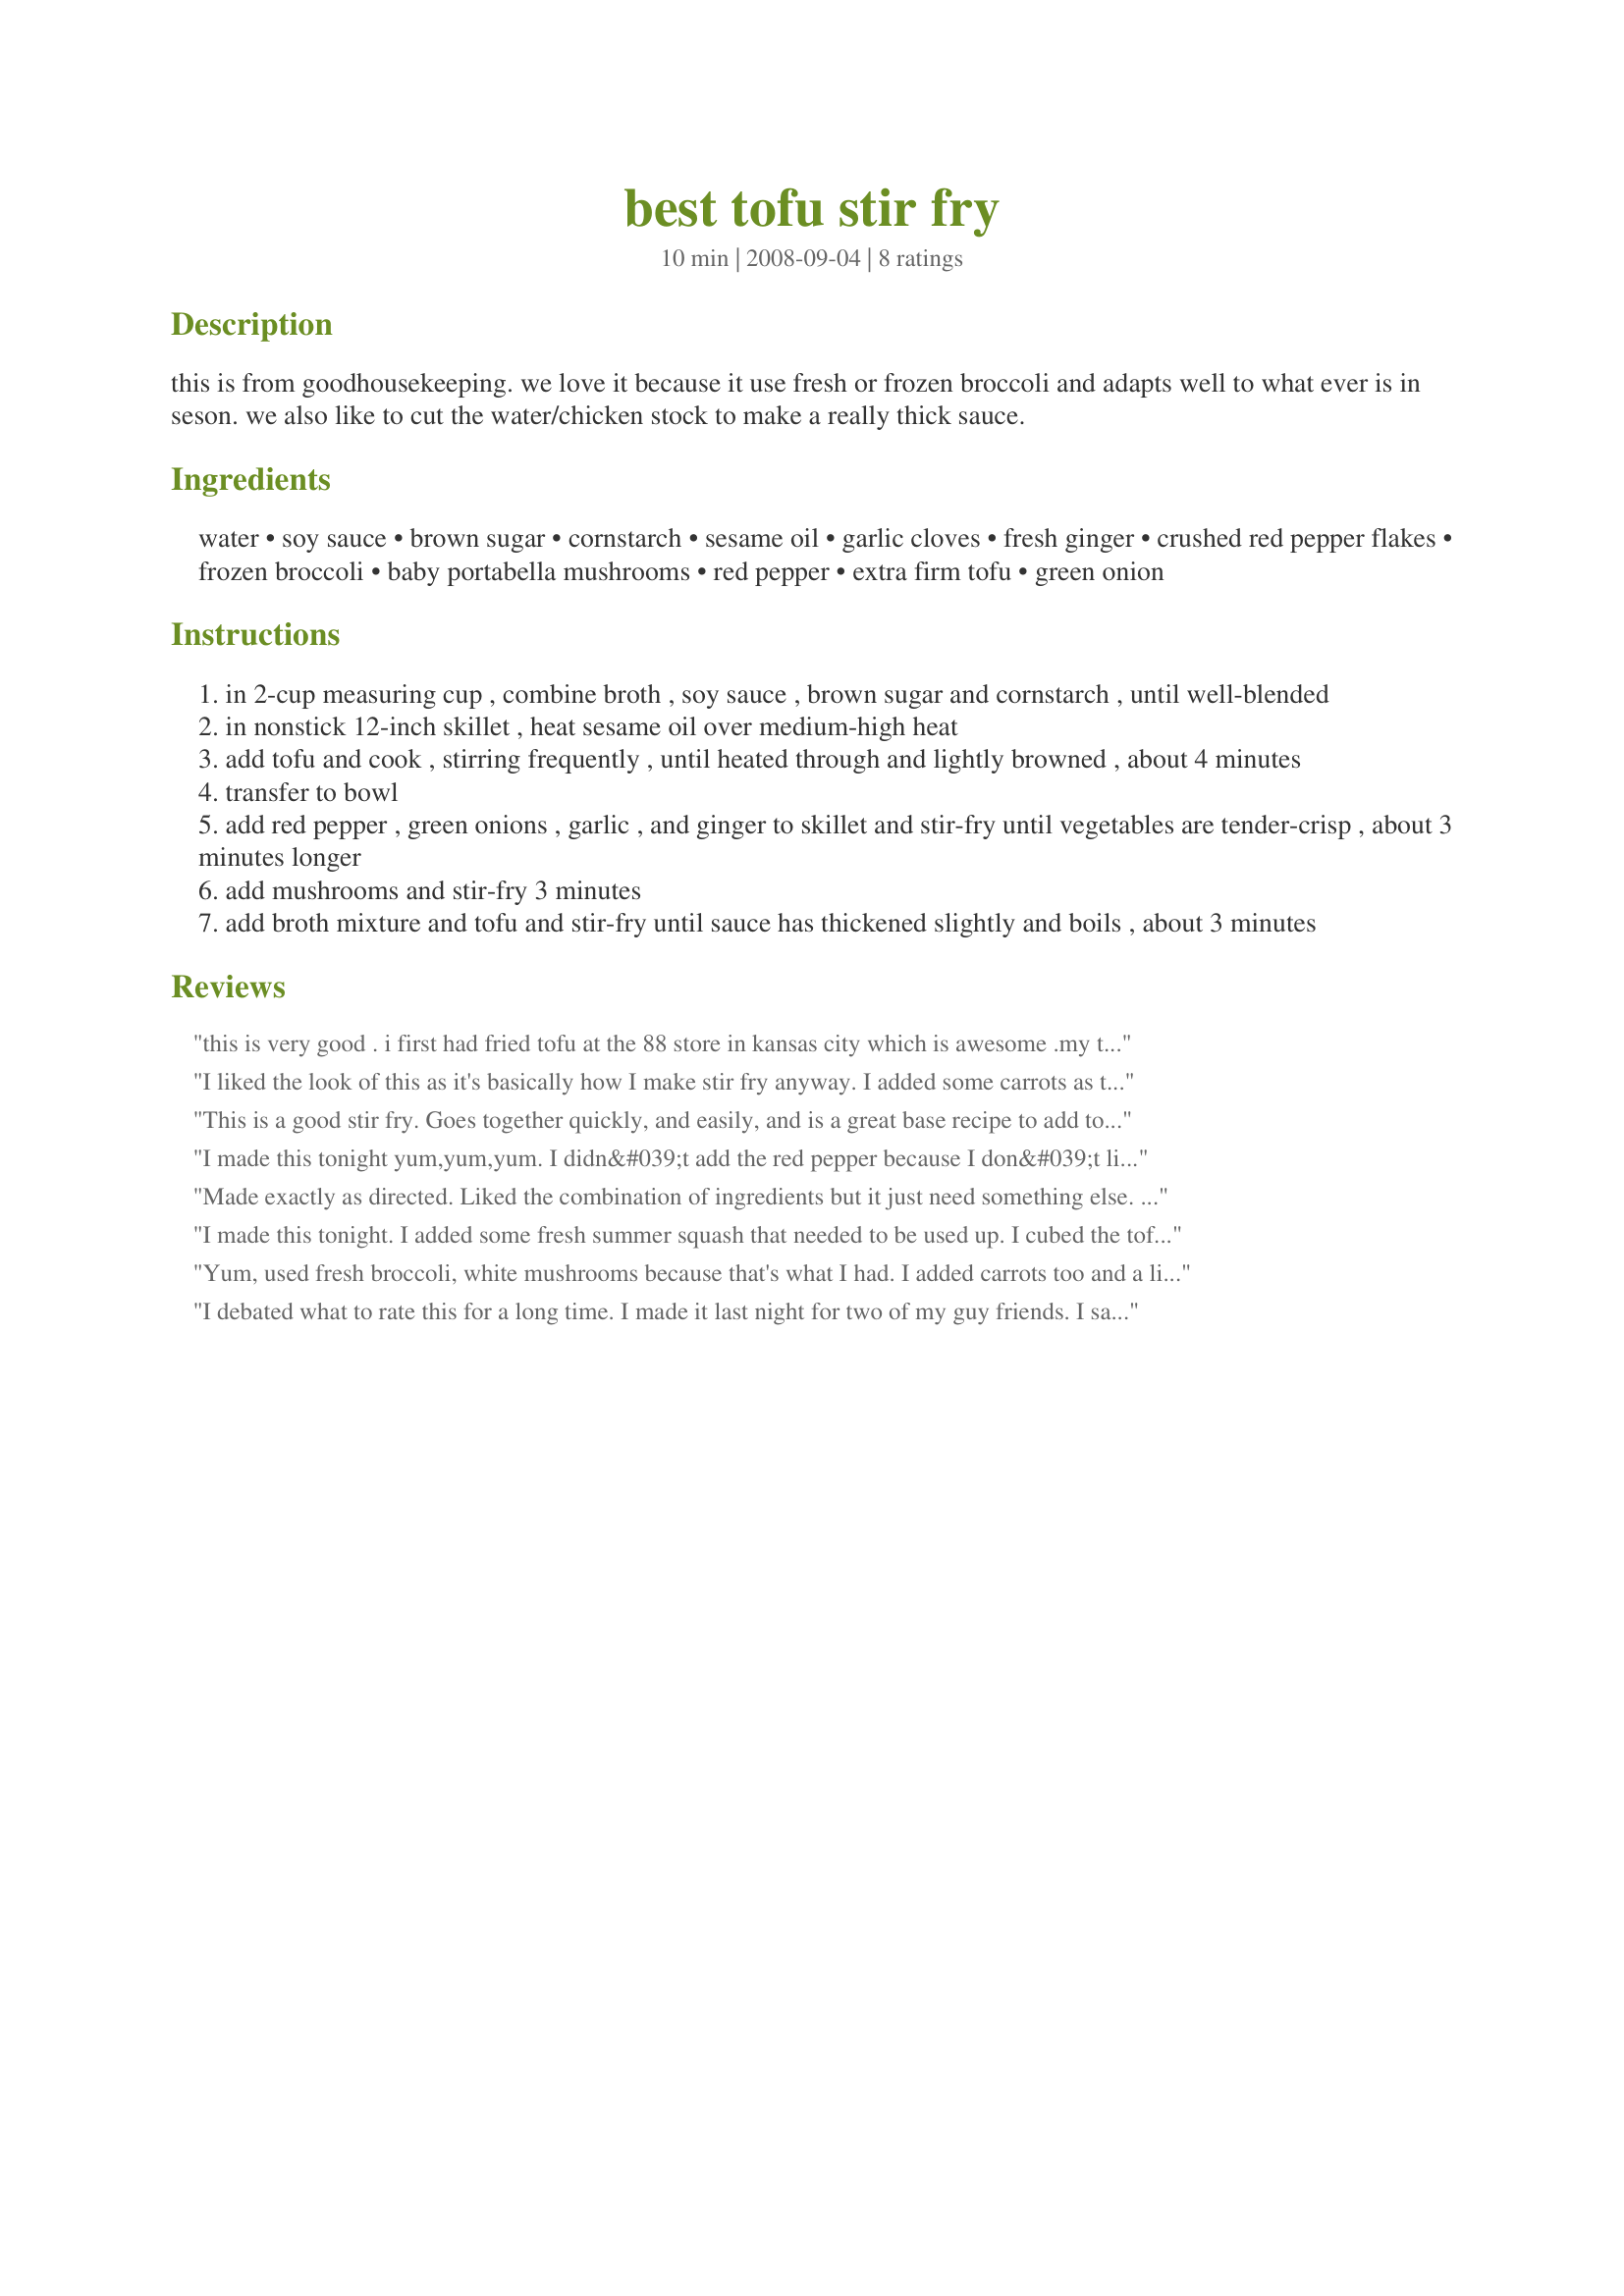
best tofu stir fry
Preparation time: 10 minutes

this is from goodhousekeeping. we love it because it use fresh or frozen broccoli and adapts well to what ever is in seson. we also like to cut the water/chicken stock to make a really thick sauce.

Ingredients:
water, soy sauce, brown sugar, cornstarch, sesame oil, garlic cloves, fresh ginger, crushed red pepper flakes, frozen broccoli, baby portabella mushrooms, red pepper, extra firm tofu, green onion

Steps:
in 2-cup measuring cup , combine broth , soy sauce , brown sugar and cornstarch , until well-blended
in nonstick 12-inch skillet , heat sesame oil over medium-high heat
add tofu and cook , stirring frequently , until heated through and lightly browned , about 4 minutes
transfer to bowl
add red pepper , green onions , garlic , and ginger to skillet and stir-fry until vegetables are tender-crisp , about 3 minutes longer
add mushrooms and stir-fry 3 minutes
add broth mixture and tofu and stir-fry until sauce has thickened slightly and boils , about 3 minutes

Reviews:
this is very good . i first had fried tofu at the 88 store in kansas city which is awesome .my tofu didn't turn out that good i need to practice more . i used hot sesame oil so didn't need chili. the tofu did pick up flavors and this was easy once prep was done . good basic stir fry
I liked the look of this as it's basically how I make stir fry anyway. I added some carrots as they weren't listed in the ingredients but were in the method?? I don't know what the other reviewer means by tofu producing water, perhaps tofu is different in Australia because mine was fine and dry after frying. Vegetable oil is not listed as an ingredient either? I used a non stick wok so not as much oil was required but I kept some of the sesame oil and added it at the end for flavour. I also found I needed to increase the ginger, and added a teaspoon of Chinese Five Spice and some dry sherry. With these additions it was outstanding. Cheers!
This is a good stir fry. Goes together quickly, and easily, and is a great base recipe to add to. The vegetables one can use are really endless. I have mixes made up from my own garden veggies that I used for this, so really just went with the quantity information. For my taste, I would use more of all the spices, which I did do after trying recipe as written. I increased the ginger to 3 tablespoons, and added 1 more garlic clove. I also used 2 tablespoons of sesame oil. As suggested I cut back on the broth - tofu produces some water no matter how much it is drained and squeezed - I did double the other sauce ingredients. I served this over ramen noodles. Yummy! Thanks Deb! Made for Every Day is a Holiday.
I made this tonight yum,yum,yum. I didn&#039;t add the red pepper because I don&#039;t like it in all of my dishes and I fried the tofu.I also added some sesame oil at the end and a sprinkle of sesame seeds.Like someone else I increased the ginger and garlic..Recipes are meant to be a guide. Do the taste test at the end add more or less of ingredients customize it to suit your taste.
Made exactly as directed. Liked the combination of ingredients but it just need something else. Next time, and there will be a next time, I think I may add some fire oil with the sesame oil or add a thai pepper. Made for ZWT9 and &quot;The Apron Spring Travelers&quot;
I made this tonight. I added some fresh summer squash that needed to be used up. I cubed the tofu into small pieces, because my family &quot;doesn&#039;t like tofu&quot; and I wanted to make it small enough to soak up the flavor of what it was cooked with but still be big enough that they could pick it out if they chose to do so. Much to my surprise they ate it!! The only complaint was it was a little salty. Next time I will use reduced sodium soy sauce and broth and it should take care of it. I served it over brown rice.
Yum, used fresh broccoli, white mushrooms because that's what I had. I added carrots too and a little celery. I was going to serve it over rice but was too hungry to wait so ate it on it's own. Thanks! Made for Please Review My Recipe game.
I debated what to rate this for a long time. I made it last night for two of my guy friends. I said 4, they said 3; I decided to go with 4 because this is a very versatile recipe - though I think it is a 3 if you prepare it as is.
There are some great things about it. First, it is beautiful - very colorful. It is also extremely versatile and adaptable to what you have in your kitchen - it's a stir fry - add what you want! It was also very quick and simple, as well as being quite healthful, especially paired with some brown rice. Now, here are my beefs. The recipe itself could be slightly more detailed. There are a few things (salt, carrots, vegetable oil) that aren't mentioned in the ingredients but are in the instructions. There's no mention of adding the broccoli to the skillet (I added it with the red pepper and carrots - I used 2 carrots) and cooked them for a while before adding the ginger, green onions, onions and red pepper [which is also not mentioned] - I didn't want those more delicate items to burn). My other complaints are due to my (our) personal tastes. I could have used more ginger! I couldn't really taste it in here, but I think it comes out a little bit the second time around (if you have leftovers). Also, I could use a LOT more spice. LOTS MORE. It was a little bland, especially because I wasn't sure how much salt I should add. Finally, the sauce could have been thicker (though I'm pretty sure this was my fault/preference because it did thicken up a good bit, just not as much as I would've liked). Whew, that was a lot. This is a really solid base of a recipe. The broccoli absorbs the sauce well and it is delicious, but it could be a bit bolder. Thanks so much Debbwl!
